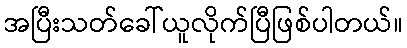
အပြီးသတ်ခေါ်ယူလိုက်ပြီဖြစ်ပါတယ်။